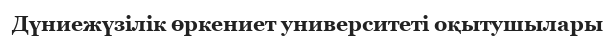
Дүниежүзілік өркениет университеті оқытушылары